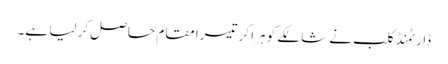
ڈارٹمنڈ کلب نے شالکے کو ہرا کر تیسرا مقام حاصل کر لیا ہے۔